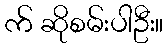
က် ဆိုစမ်းပါဦး။